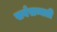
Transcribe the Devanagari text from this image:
सर्वसम्मती